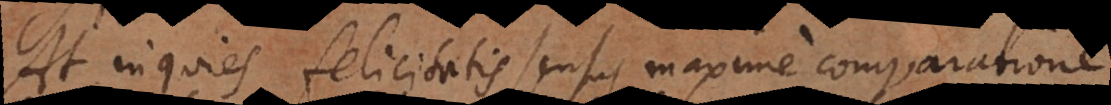
quies felicitatis sensus maxime comparatione